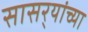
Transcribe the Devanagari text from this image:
सासर्‍यांच्या